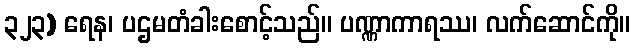
၃၂၃) ရေန၊ ပဌမတံခါးစောင့်သည်။ ပဏ္ဏာကာရဿ၊ လက်ဆောင်ကို။